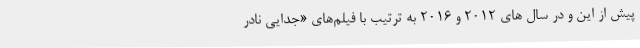
پیش از این و در سال های ۲۰۱۲ و ۲۰۱۶ به ترتیب با فیلم‌های «جدایی نادر